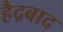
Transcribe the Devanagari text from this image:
हैद्रबाद